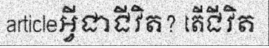
articleអ្វីជាជីវិត? តើជីវិត